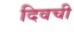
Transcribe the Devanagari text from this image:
दिवची